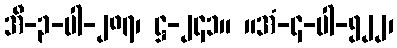
အီ-၃-ပါ-၂၈၇၊ ဋ္ဌ-၂၄၁။ ။အံ-၄-ပါ-၅၂၂၊